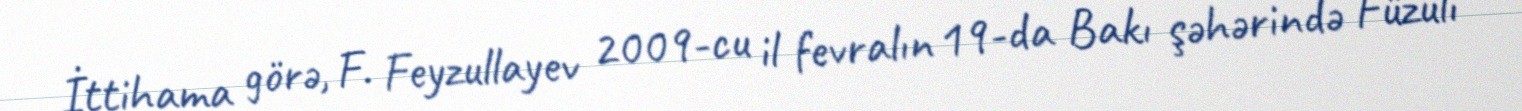
İttihama görə, F. Feyzullayev 2009-cu il fevralın 19-da Bakı şəhərində Füzuli